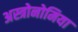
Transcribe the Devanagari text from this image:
अस्त्रोनोमिया